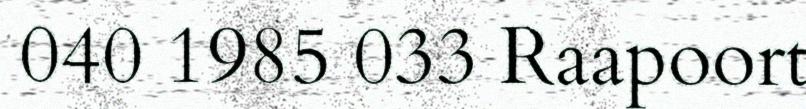
040 1985 033 Raapoort